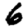
Digit: 6